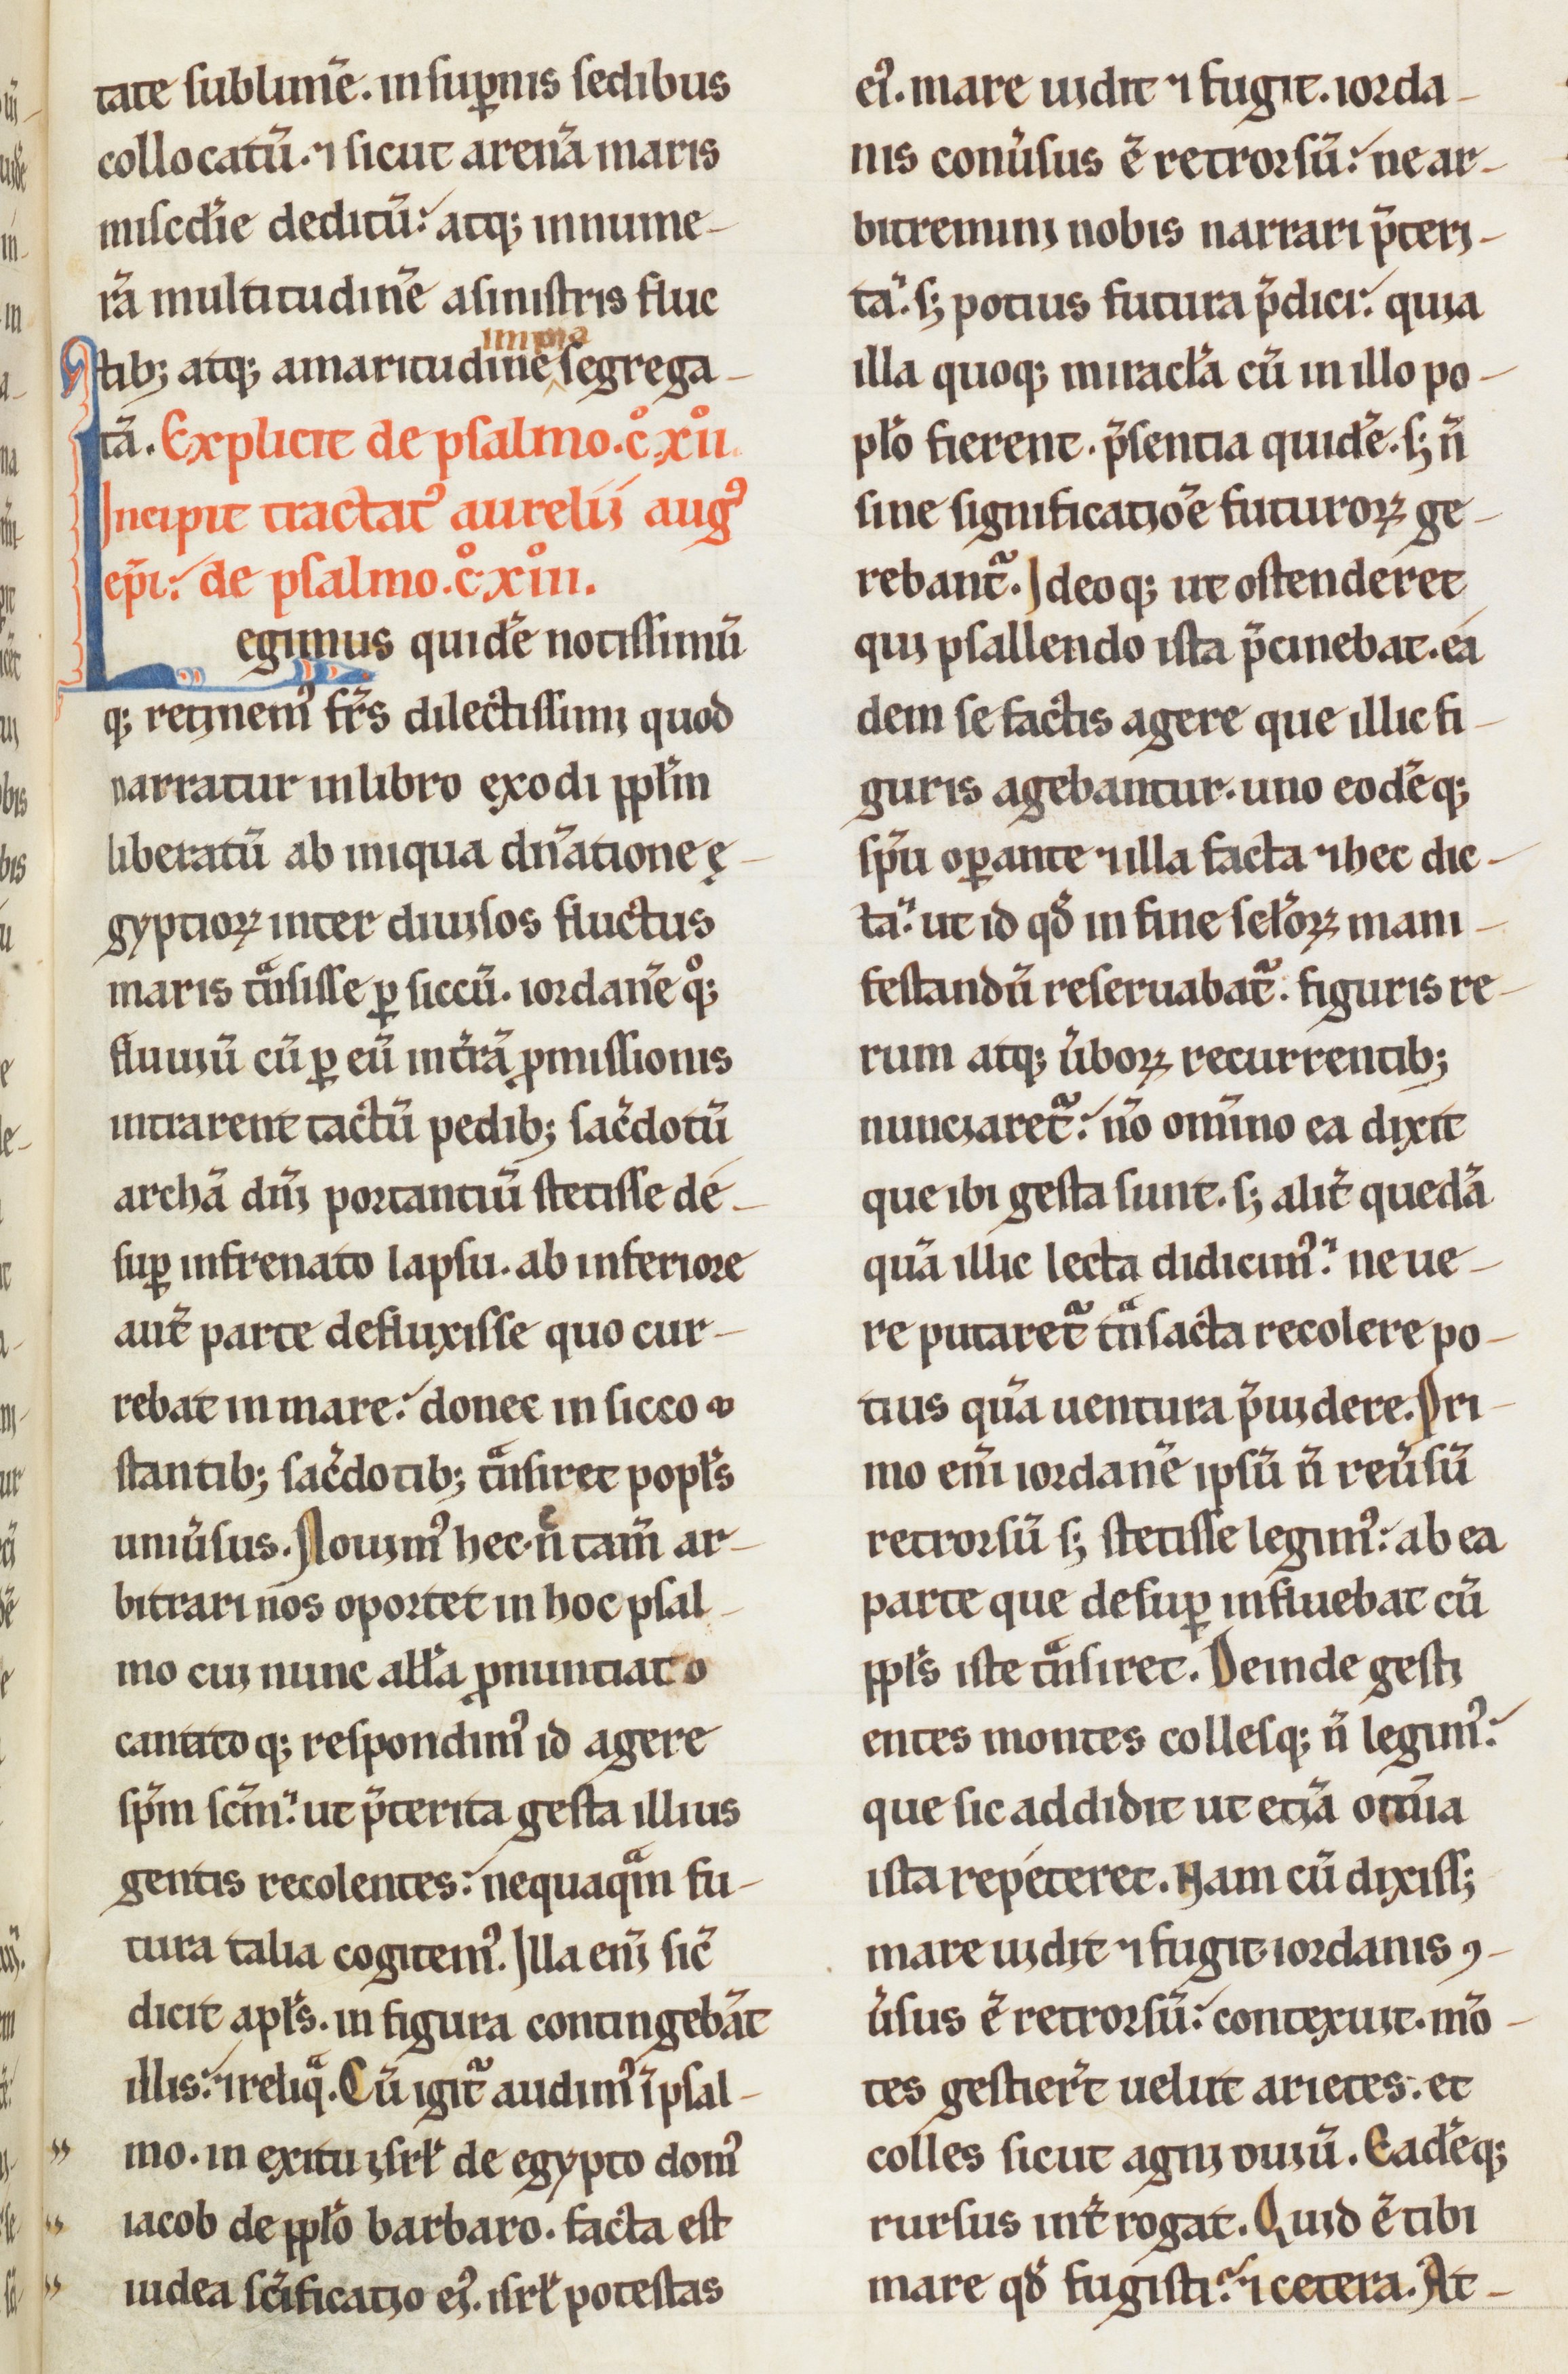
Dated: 1100–1199